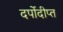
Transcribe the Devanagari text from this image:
दर्पोदीप्त